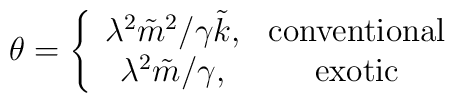
{\theta}=\left\{\begin{array}{cc}{\lambda^2{\tilde m}^2}/{\gamma{\tilde k}},&{\rm conventional} \\{\lambda^2}{\tilde m}/\gamma,&{\rm exotic }\end{array}\right.